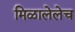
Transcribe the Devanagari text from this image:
मिळालेलेच